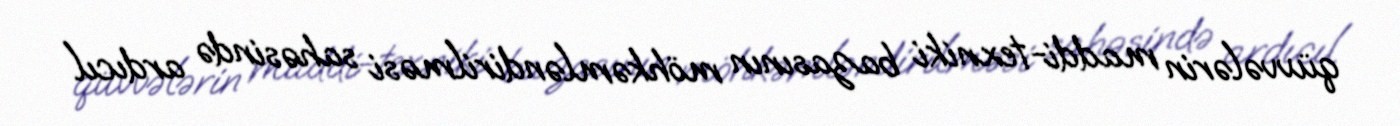
qüvvələrin maddi-texniki bazasının möhkəmləndirilməsi sahəsində ardıcıl